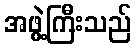
အဖွဲ့ကြီးသည်